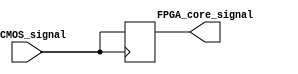
module LVCMOS_buffer (
    input wire LVCMOS_signal,
    output reg FPGA_core_signal
);
  
  always @ (posedge LVCMOS_signal) begin
    FPGA_core_signal <= LVCMOS_signal;
  end
  
endmodule